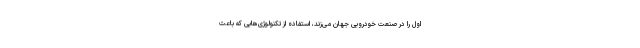
اول را در صنعت خودرویی جهان می‌زند، استفاده از تکنولوژی‌هایی که باعث